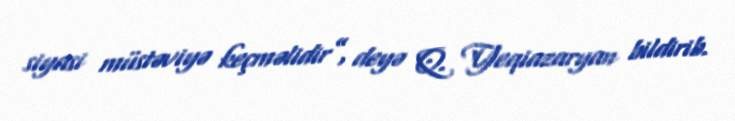
siyasi müstəviyə keçməlidir”, deyə Q. Yeqiazaryan bildirib.